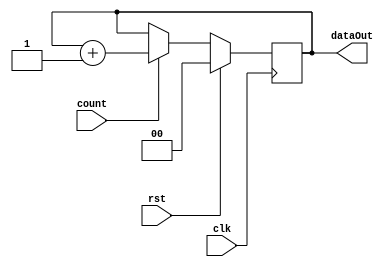
module upCounter(dataOut,count,clk,rst);
	input count,clk,rst;
	output[1:0] dataOut;
	reg[1:0] dataOut;
	always@(posedge clk)begin
		if(rst)
			dataOut = 2'b00;
		else
			if(count)
				dataOut=dataOut+2'b01;

	end


endmodule